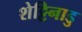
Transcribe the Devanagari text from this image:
शेट्टिनाडु